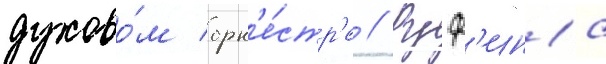
духово́м орк'е́стр'е // Руф'ина